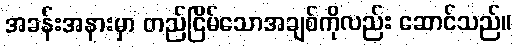
အခန်းအနားမှာ တည်ငြိမ်သောအချစ်ကိုလည်း ဆောင်သည်။